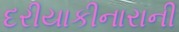
દરીયાકીનારાની